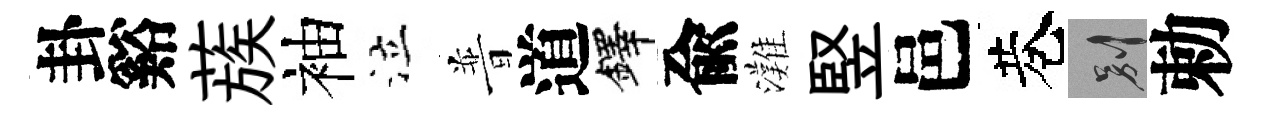
卦谿蔟袖泣普道鐸兪灘竪邑巷别勅